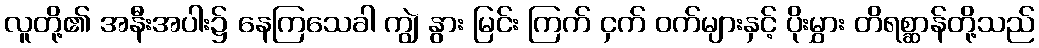
လူတို့၏ အနီးအပါး၌ နေကြသေခါ ကျွဲ နွား မြင်း ကြက် ငှက် ဝက်များနှင့် ပိုးမွှား တိရစ္ဆာန်တို့သည်